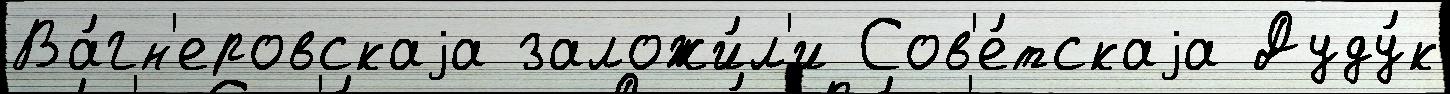
Ва́гн'еровскаjа заложи́л'и Сов'е́тскаjа Дуду́к